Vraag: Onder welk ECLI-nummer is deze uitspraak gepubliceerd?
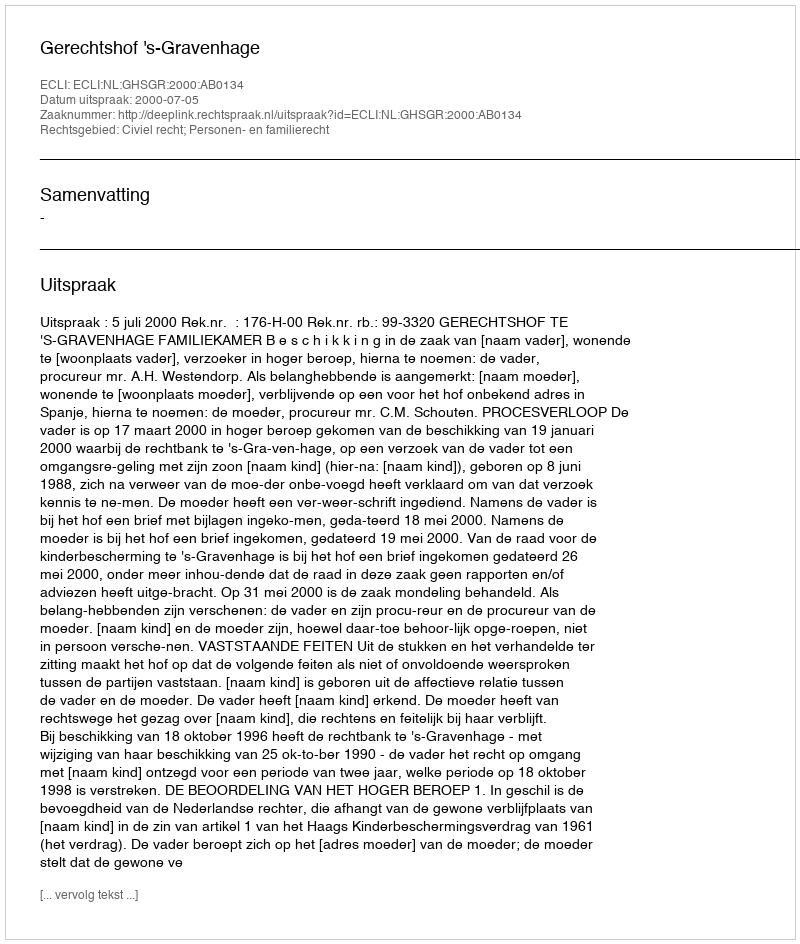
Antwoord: ECLI:NL:GHSGR:2000:AB0134